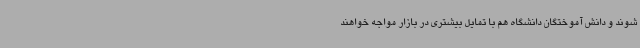
شوند و دانش آموختگان دانشگاه هم با تمایل بیشتری در بازار مواجه خواهند